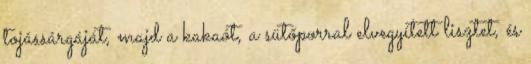
tojássárgáját, majd a kakaót, a sütőporral elvegyített lisztet, és